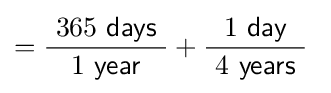
={\frac {\ 365\ {\mathsf {days}}\ }{\ 1\ {\mathsf {year}}\ }}+{\frac {\ 1\ {\mathsf {day}}\ }{\ 4\ {\mathsf {years}}\ }}~